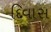
દિવાસ